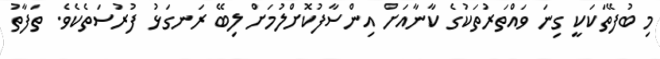
މި ބުފޭތަކަކީ ގިނަ ވައްތަރުތަކުގެ ކާނާއަށް އިންސާފުކޮށްލުމަށް ލިބޭ ރަނގަޅު ފުރުސަތެކެވެ. ތަފާތު